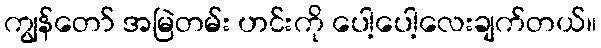
ကျွန်တော် အမြဲတမ်း ဟင်းကို ပေါ့ပေါ့လေးချက်တယ်။